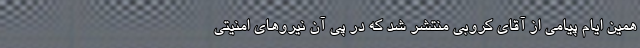
همین ایام پیامی از آقای کروبی منتشر شد که در پی آن نیروهای امنیتی